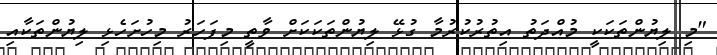
"މި ލިޔުންތަކަކީ މުއްދަތު އިތުރުކުރުމާ ގުޅޭ ލިޔުންތަކަކަށް ވާތީ މިފަހަރު މިހުށަހެޅި ލިޔުންތަކާއި